Annual administration and progress report of the Indian Medical Department, Bombay
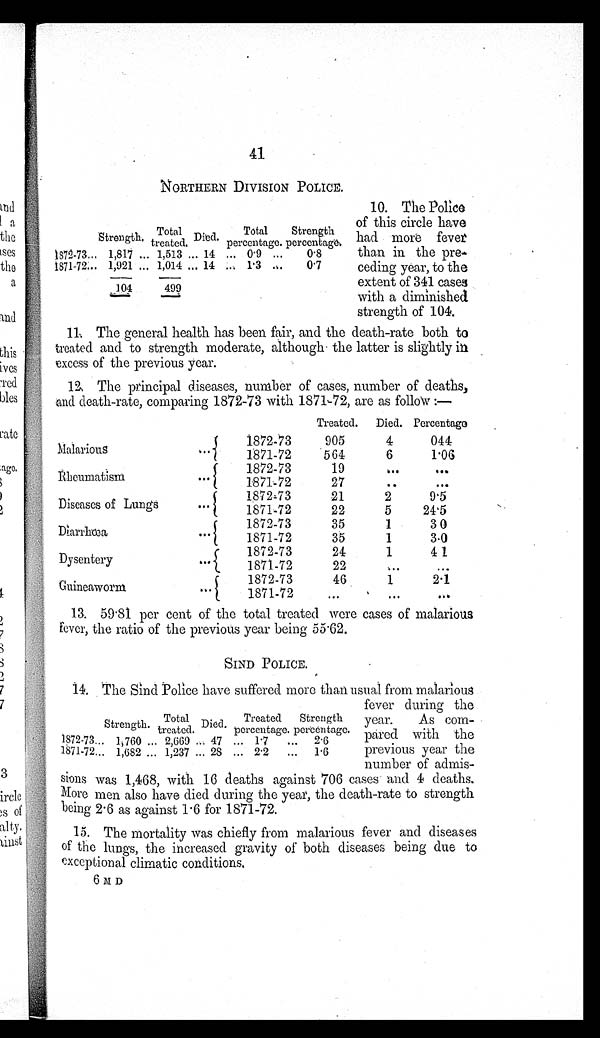
41
NORTHERN DIVISION POLICE.
Strength.
Total treated. Died.
Total
percentage.
Strength
percentage.
1 8 7 2 - 7 3 . . . 1,817 . . . 1,513 . . .
14 . . .
0.9 . . .
0.8
1 8 7 1 - 7 2 . . . 1,921 . . . 1,014 . . .
14 . . .
1.3 . . .
0.7
104
499
10. The Polìce
of this circle have
had more fever
than in the pre--
ceding year, to the
extent of 341 cases
with a diminished
strength of 104.
11. The general health has been fair, and the death-rate both to
treated and to strength moderate, although the latter is slightly
in excess of the previous year.
12. The principal diseases, number of cases, number of deaths,
and death-rate, comparing 1872-73 with 1871-72, are as follow
Treated.
Died. Percentage
Malarious . . .
1872-73
905
4
044
1871-72
564
6
1.06
Rheumatism . . .
1872-73
19
. . .
. . .
1871-72
27
. . .
. . .
Diseases of Lungs . . .
1872-73
21
2
9.5
1871-72
22
5
24.5
Diarrhœa . . .
1872-73
35
1
30
1871-72
35
1
3.0
Dysentery . . .
1872-73
24
1
41
1871-72
22
. . .
. . .
G u i n e a w o r m . . .
1872-73
46
1
2.1
1871-72
. . .
. . .
. . .
13. 59.81 per cent of the total treated were cases of malarious
fever, the ratio of the previous year being 55.62.
SIND POLICE.
14. The Sind Police have suffered more than usual from malarious
fever during the
year.
As co
m-
pared with the
previous year the
number of admis-
sions was 1,468, with 16 deaths against 706 cases and 4 deaths.
More men also have died during the year, the death-rate to strength
being 2.6 as against 1.6 for 1871-72.
15. The mortality was chiefly from malarious fever and diseases
of the lungs, the increased gravity of both diseases being due to
exceptional climatic conditions,
6MD
Strength.
Total
t r e a t e d . D i e d .
Treated
percentage.
Strength
percentage.
1872-73 . . .
1,760 . . . 2,669 . . .
47 . . .
1.7 . . .
2.6
1871-72 . . .
1,682 . . . 1,237 . . .
28 . . .
2.2 . . .
1.6